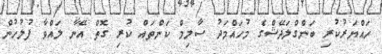
ހައްޔަރުކުރި ބަންގްލަދޭޝްގެ މުހައްމަދު ސާލިމް ކަންތައް ކުރި ގޮތް އޭނާ ލައްވާ ފުލުހުން